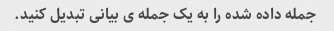
جمله داده شده را به یک جمله ی بیانی تبدیل کنید.